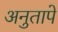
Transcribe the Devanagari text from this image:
अनुतापे